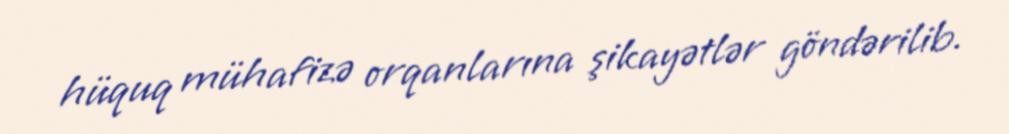
hüquq mühafizə orqanlarına şikayətlər göndərilib.